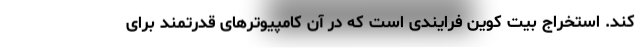
کند. استخراج بیت کوین فرایندی است که در آن کامپیوترهای قدرتمند برای